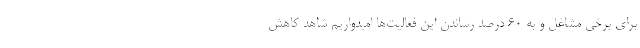
برای برخی مشاغل و به ۶۰ درصد رساندن این فعالیت‌ها امیدواریم شاهد کاهش